Report on the Calcutta epizootic or cattle disease of 1864 in Calcutta and its neighbourhood
Year: 1864
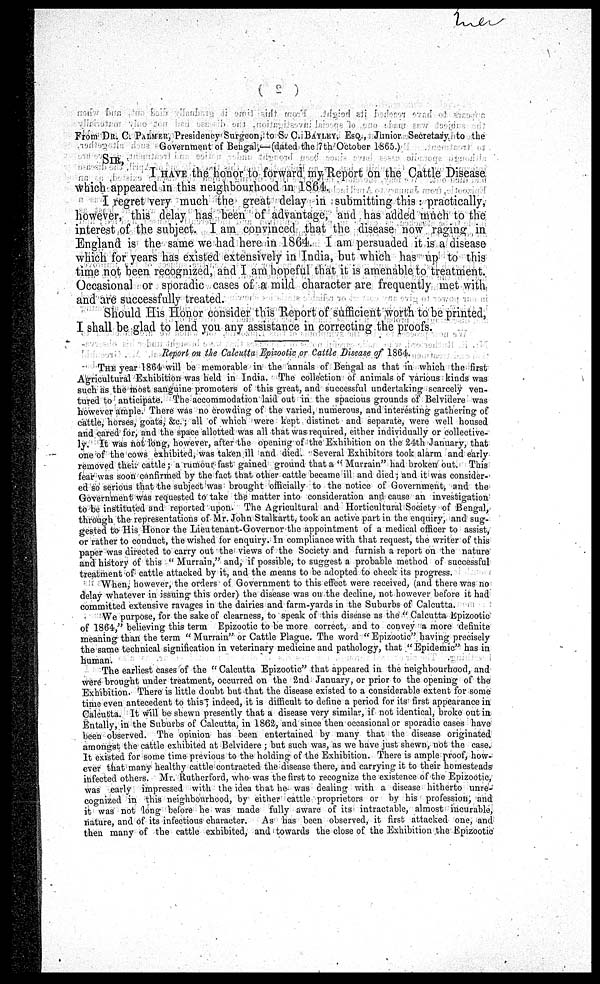
( 2 )
From DR. C. PALMER, Presidency Surgeon, to S. C. BAYLEY, ESQ, Junior Secretary to the
Government of Bengal,—(dated the 7th October 1860.)
SIR,
I HAVE the honor to forward my Report on the Cattle Disease
Which appeared in this neighbourhood in 1864.
I regret very much the great delay in submitting this : practically,
however, this delay has been of advantage, and has added much to the
interest of the subject. I am convinced that the disease now raging in
England is the same we had here in 1864. I am persuaded it is a disease
which for years has existed extensively in India, but which has up to this
time not been recognized, and I am hopeful that it is amenable to treatment.
Occasional or sporadic cases of a mild character are frequently met with
and are successfully treated.
Should His Honor consider this Report of sufficient worth to be printed,
I shall be glad to lend you any assistance in correcting the proofs.
Report on the Calcutta Epizootic or Cattle Disease of 1864.
THE year 1864 will be memorable in the annals of Bengal as that in which the first
Agricultural Exhibition was held in India. The collection of animals of various kinds was
such as the most sanguine promoters of this great, and successful undertaking scarcely ven-
tured to anticipate. The accommodation laid out in the spacious grounds of Belvidere was
however ample. There was no crowding of the varied, numerous, and interesting gathering of
cattle, horses, goats, &c.; all of which were kept distinct and separate, were well housed
and cared for, and the space allotted was all that was required, either individually or collective-
ly. It was not long, however, after the opening of the Exhibition on the 24th January, that
one of the cows exhibited, was taken ill and died. Several Exhibitors took alarm and early
removed their cattle; a rumour fast gained ground that a "Murrain" had broken out. This
fear was soon confirmed by the fact that other cattle became ill and died; and it was consider-
ed so serious that the subject was brought officially to the notice of Government, and the
Government was requested to take the matter into consideration and cause an investigation
to be instituted and reported upon. The Agricultural and Horticultural Society of Bengal,
through the representations of Mr. John Stalkartt, took an active part in the enquiry, and sug-
gested to His Honor the Lieutenant-Governor the appointment of a medical officer to assist,
or rather to conduct, the wished tor enquiry. In compliance with that request, the writer of this
paper was directed to carry out the views of the Society and furnish a report on the nature
and" history of this " Murrain," and, if possible, to suggest a probable method of successful
treatment of cattle attacked by it, and the means to be adopted to check its progress.
When, however, the orders of Government to this effect were received, (and there was no
delay whatever in issuing this order) the disease was on the decline, not however before it had
committed extensive ravages in the dairies and farm-yards in the Suburbs of Calcutta.
We purpose, for the sake of clearness, to speak of this disease as the " Calcutta Epizootic
of 1864," believing this term Epizootic to be more correct, and to convey a more definite
meaning than the term " Murrain" or Cattle Plague. The word "Epizootic" having precisely
the same technical signification in veterinary medicine and pathology, that "Epidemic" has in
human.
The earliest cases of the " Calcutta Epizootic" that appeared in the neighbourhood, and
were brought under treatment, occurred on the 2nd January, or prior to the opening of the
Exhibition. There is little doubt but that the disease existed to a considerable extent for some
time even antecedent to this ; indeed, it is difficult to define a period for its first appearance in
Calcutta. It will be shewn presently that a disease very similar, if not identical, broke out in
Entally, in the Suburbs of Calcutta, in 1862, and since then occasional or sporadic cases have
been observed. The opinion has been entertained by many that the disease originated
amongst the cattle exhibited at Belvidere ; but such was, as we have just shewn, not the case.
It existed for some time previous to the holding of the Exhibition. There is ample proof, how-
ever that many healthy cattle contracted the disease there, and carrying it to their homesteads
infected others. Mr. Rutherford, who was the first to recognize the existence of the Epizootic,
was early impressed with the idea that he- was dealing with a disease hitherto unre-
cognized in this neighbourhood, by either cattle proprietors or by his profession, and
it was not long before he was made fully aware of its intractable, almost incurable,
nature, and of its infectious character. As has been observed, it first attacked one, and
then many of the cattle exhibited, and towards the close of the Exhibition the Epizootic